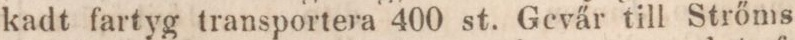
kadt fartyg transportera 400 st. Gcvär till Strőms